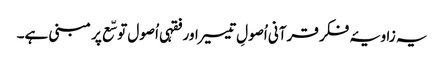
یہ زاویۂ فکر قرآنی اُصولِ تیسیر اور فقہی اُصول توسّع پر مبنی ہے۔